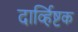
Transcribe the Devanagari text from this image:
दार्व्हिष्टक